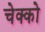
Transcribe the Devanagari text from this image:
चेक्को